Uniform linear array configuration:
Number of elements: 24
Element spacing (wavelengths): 0.75
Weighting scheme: blackman
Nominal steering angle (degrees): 30
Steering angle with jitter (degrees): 30.233
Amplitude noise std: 0.05
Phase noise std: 0.05

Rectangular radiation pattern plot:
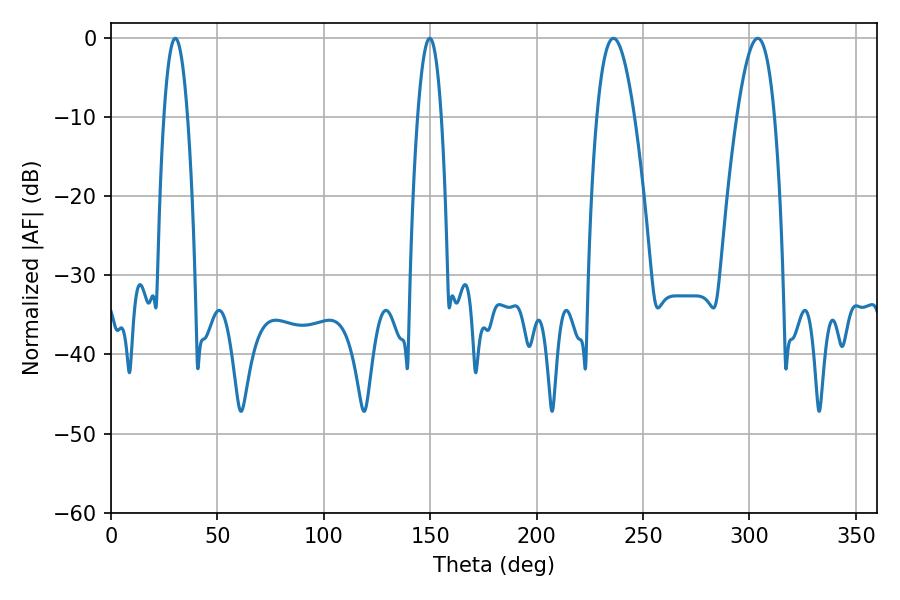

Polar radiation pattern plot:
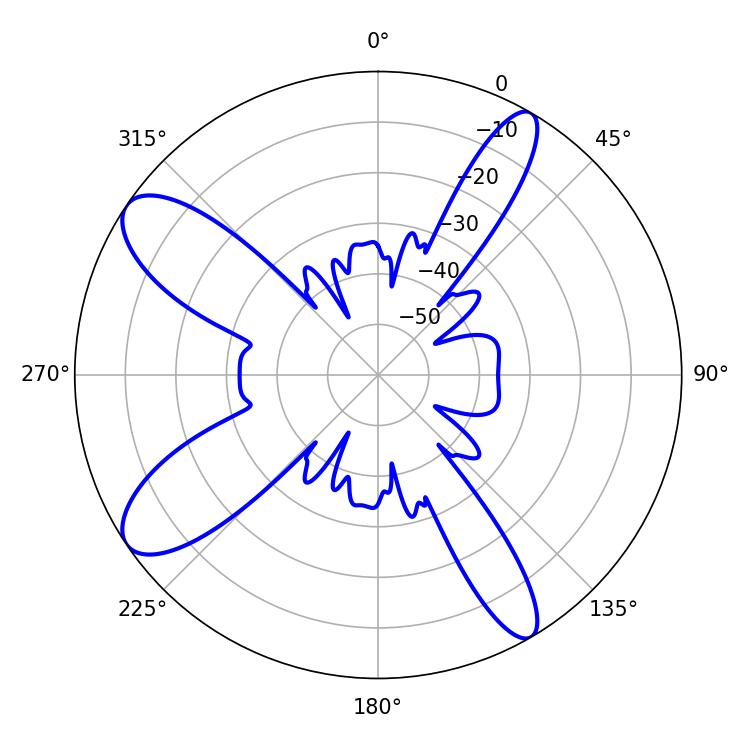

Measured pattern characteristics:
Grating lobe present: TRUE
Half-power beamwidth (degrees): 6.12
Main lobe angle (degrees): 149.76